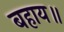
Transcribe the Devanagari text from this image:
बहाय॥